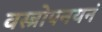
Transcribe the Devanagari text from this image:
वस्त्रोपनयनं